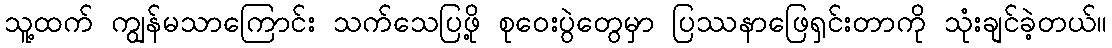
သူ့ထက် ကျွန်မသာကြောင်း သက်သေပြဖို့ စုဝေးပွဲတွေမှာ ပြဿနာဖြေရှင်းတာကို သုံးချင်ခဲ့တယ်။